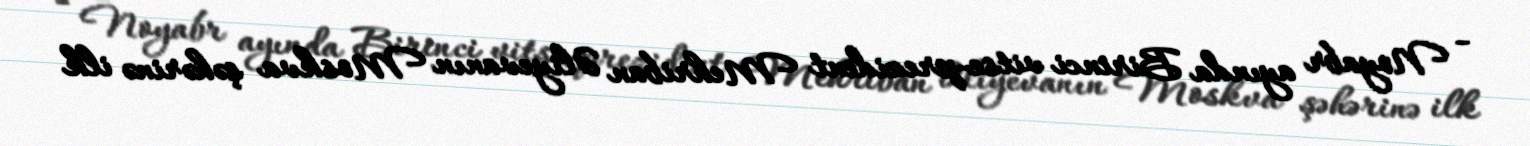
- Noyabr ayında Birinci vitse-prezident Mehriban Əliyevanın Moskva şəhərinə ilk